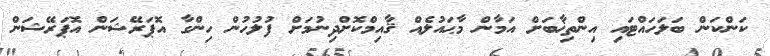
ކަންކަން ބަލަހައްޓައި އިންތިޚާބަށް އަމާން މާޙައުލެއް ޤާއިމްކޮށްދިނުމަށް ފުލުހުން ހިންގާ އޮޕަރޭޝަން އޮޕަރޭޝަން